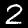
Label: 2